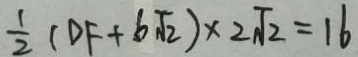
\frac { 1 } { 2 } ( D F + 6 \sqrt { 2 } ) \times 2 \sqrt { 2 } = 1 6